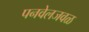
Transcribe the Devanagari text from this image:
पनवेलजवळ